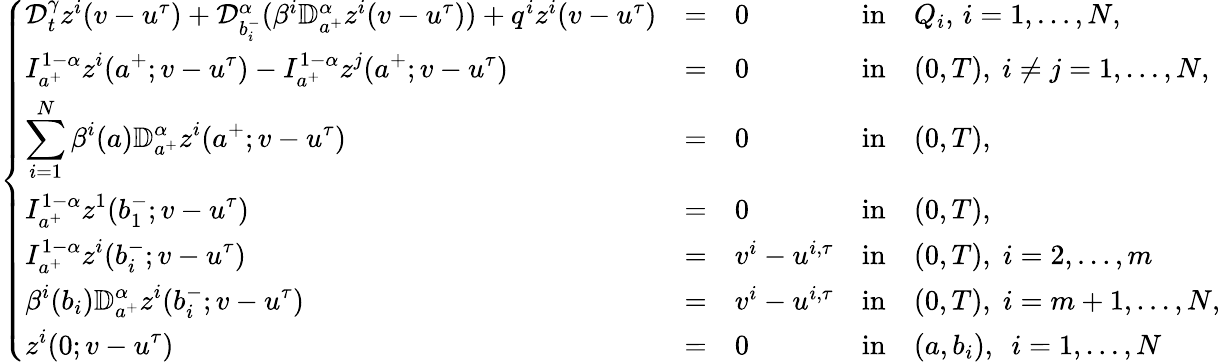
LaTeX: \left\{ \begin{array}{lllllllll}{{\mathcal D}_{t}^{\gamma}z^{i}(v-u^{\tau})+\mathcal{D}_{b_{i}^{-}}^{\alpha}(\beta^{i}\mathbb{D}_{a^{+}}^{\alpha}z^{i}(v-u^{\tau}))+q^{i}z^{i}(v-u^{\tau})}&{=}&{0}&{\mathrm{in}}&{Q_{i},\, i=1,\dots,N,}\\ {\displaystyle I_{a^{+}}^{1-\alpha}z^{i}(a^{+};v-u^{\tau})-I_{a^{+}}^{1-\alpha}z^{j}(a^{+};v-u^{\tau})}&{=}&{0}&{\mathrm{in}}&{(0,T),~i\neq j=1,\dots,N,}\\ {\displaystyle\sum_{i=1}^{N}\beta^{i}(a)\mathbb{D}_{a^{+}}^{\alpha}z^{i}(a^{+};v-u^{\tau})}&{=}&{0}&{\mathrm{in}}&{(0,T),}\\ {\displaystyle I_{a^{+}}^{1-\alpha}z^{1}(b_{1}^{-};v-u^{\tau})}&{=}&{0}&{\mathrm{in}}&{(0,T),}\\ {\displaystyle I_{a^{+}}^{1-\alpha}z^{i}(b_{i}^{-};v-u^{\tau})}&{=}&{v^{i}-u^{i,\tau}}&{\mathrm{in}}&{(0,T),\; i=2,\dots,m}\\ {\displaystyle\beta^{i}(b_{i})\mathbb{D}_{a^{+}}^{\alpha}z^{i}(b_{i}^{-};v-u^{\tau})}&{=}&{v^{i}-u^{i,\tau}}&{\mathrm{in}}&{(0,T),\; i=m+1,\dots,N,}\\ {\displaystyle z^{i}(0;v-u^{\tau})}&{=}&{0}&{\mathrm{in}}&{(a,b_{i}),~~i=1,\dots,N}\end{array}\right.